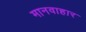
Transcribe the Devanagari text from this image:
मानवाहार